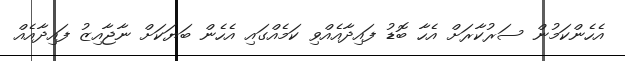
އެހެންކަމުން ސަރުކާރަށް އެހާ ބޮޑު ފައިދާއެއްވި ކަމެއްގައި އެހެން ބަޔަކަށް ނާޖާއިޒު ފައިދާއެއް